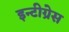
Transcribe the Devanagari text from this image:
इन्टीग्रेस